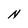
Character: N